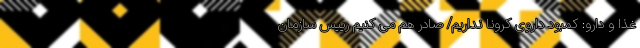
غذا و دارو: کمبود داروی کرونا نداریم/ صادر هم می کنیم رییس سازمان